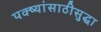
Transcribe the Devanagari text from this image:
पक्ष्यांसाठीसुद्धा